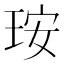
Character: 𤥃